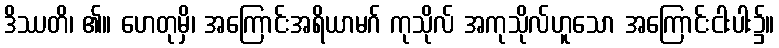
ဒိဿတိ၊ ၏။ ဟေတုမှိ၊ အကြောင်းအရိယာမဂ် ကုသိုလ် အကုသိုလ်ဟူသော အကြောင်းငါးပါး၌။